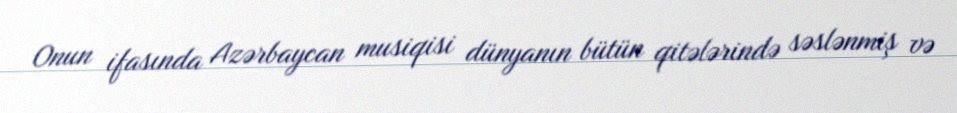
Onun ifasında Azərbaycan musiqisi dünyanın bütün qitələrində səslənmiş və